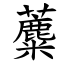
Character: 蘪